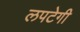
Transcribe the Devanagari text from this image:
लपटेगी